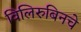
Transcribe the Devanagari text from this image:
विलिरुबिनचे